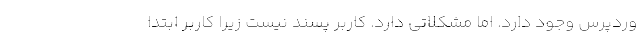
وردپرس وجود دارد. اما مشکلاتی دارد. کاربر پسند نیست زیرا کاربر ابتدا